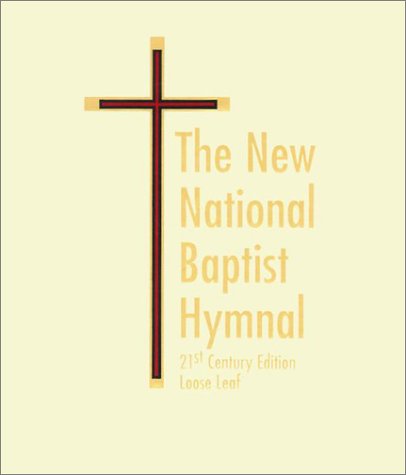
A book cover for New National Baptist Hymnal 21st Century -Loose-leaf Edition (Musician Version); Christian Books & Bibles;